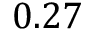
0 . 2 7